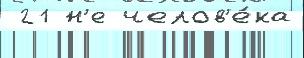
 21 н'е челов'е́ка